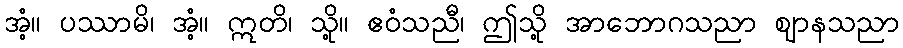
အံ့။ ပဿာမိ၊ အံ့။ ဣတိ၊ သို့။ ဧဝံသညီ၊ ဤသို့ အာဘောဂသညာ ဈာနသညာ